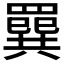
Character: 𦌔